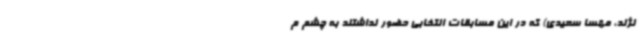
نژند، مهسا سعیدی) که در این مسابقات انتخابی حضور نداشتند به چشم م